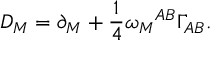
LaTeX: D _ { M } = \partial _ { M } + \frac { 1 } { 4 } \omega _ { M } { } ^ { A B } \Gamma _ { A B } .